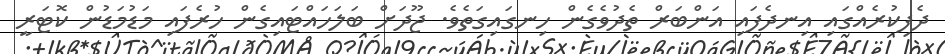
ދެފިކުރެއްގައި އިނދެފައި އަންބަރް ތެދުވެގެން ހިނގައިގަތެވެ. ޖޫދަށް ބަލަހައްޓައިގެން ހުރެފައި މަޑުމަޑުން ކޮޓަރީ